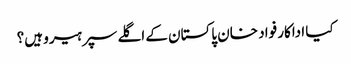
کیا اداکار فواد خان پاکستان کے اگلے سپر ہیرو ہیں؟